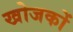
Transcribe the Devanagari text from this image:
खोजकों